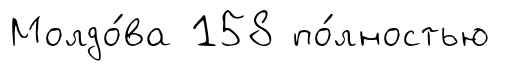
Молдо́ва 158 по́лностью